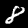
Label: 8